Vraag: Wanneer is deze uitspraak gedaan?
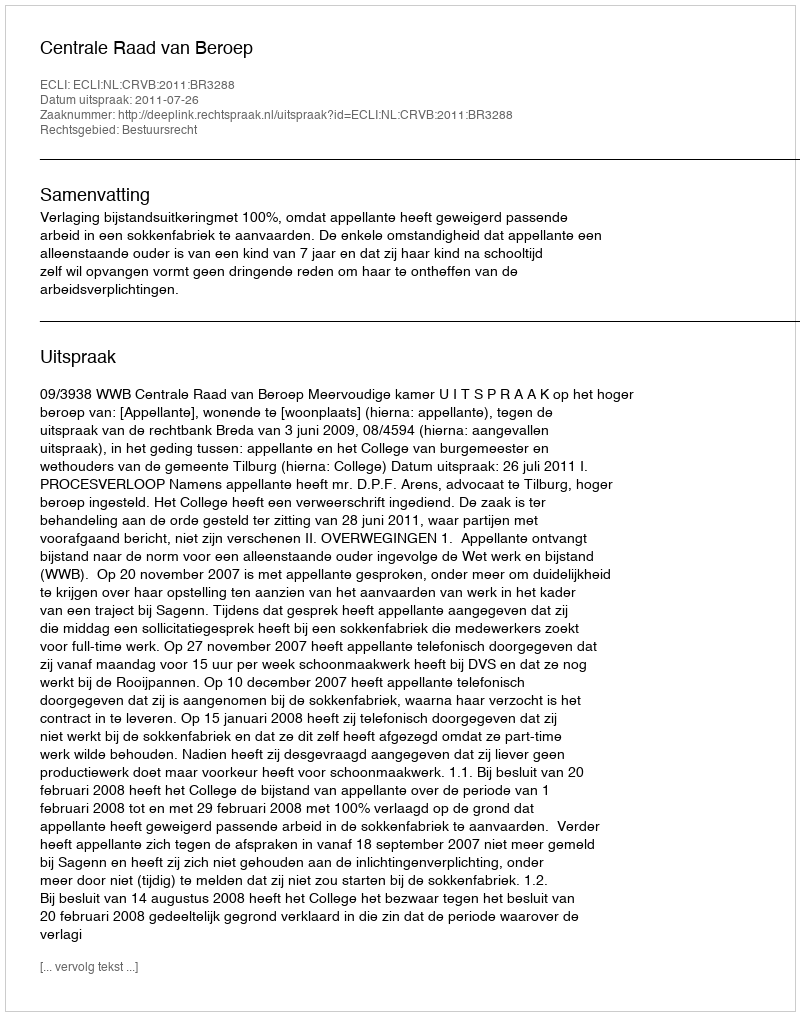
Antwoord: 2011-07-26